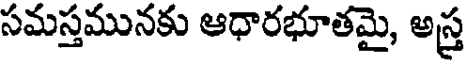
సమస్తమునకు ఆధారభూతమై, అస్త్ర